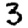
Digit: 3